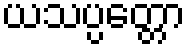
ယသပ္ပတ္တော